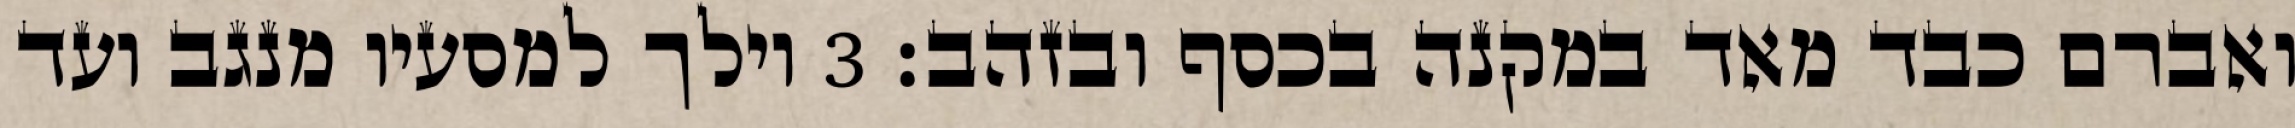
ואברם כבד מאד במקנה בכסף ובזהב׃ ‎3‏ וילך למסעיו מנגב ועד